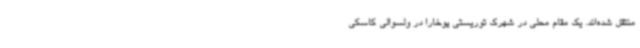
منتقل شده‌اند. یک مقام محلی در شهرک توریستی پوخارا در ولسوالی کاسکی